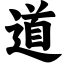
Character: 道